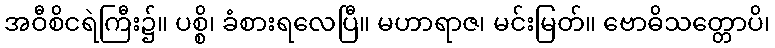
အဝီစိငရဲကြီး၌။ ပစ္စိ၊ ခံစားရလေပြီ။ မဟာရာဇ၊ မင်းမြတ်။ ဗောဓိသတ္တောပိ၊